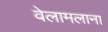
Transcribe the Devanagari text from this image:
वेलामलाना